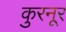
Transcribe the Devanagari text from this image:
कुरनूर